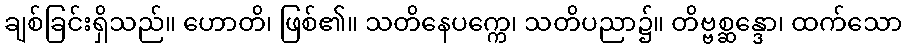
ချစ်ခြင်းရှိသည်။ ဟောတိ၊ ဖြစ်၏။ သတိနေပက္ကေ၊ သတိပညာ၌။ တိဗ္ဗစ္ဆန္ဒော၊ ထက်သော